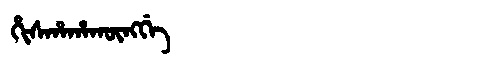
Manchu: ᡥᡳᠰᡥᠠᡥᠠᡴᡡᠩᡤᡝ
Romanization: HISHAHAKŪNGGE